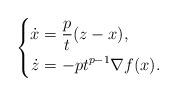
LaTeX: \begin{align*} \left\{ \begin{aligned} \dot{x} &= \frac{p}{t} (z - x),\\ \dot{z} &= -pt^{p-1} \nabla f(x). \end{aligned} \right. \end{align*}